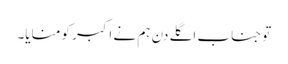
تو جناب اگلے دن ہم نے اکبر کو منایا۔